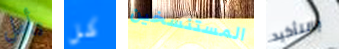
تأمل كل المستنسخين بالتأكيد